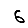
Digit: 6